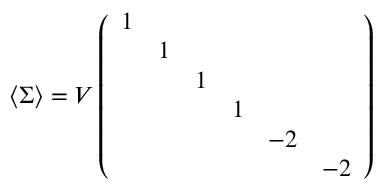
\langle \Sigma \rangle = V \left( \begin{array} { c c c c c c } { { 1 } } & { { } } & { { } } & { { } } & { { } } & { { } } \\ { { } } & { { 1 } } & { { } } & { { } } & { { } } & { { } } \\ { { } } & { { } } & { { 1 } } & { { } } & { { } } & { { } } \\ { { } } & { { } } & { { } } & { { 1 } } & { { } } & { { } } \\ { { } } & { { } } & { { } } & { { } } & { { - 2 } } & { { } } \\ { { } } & { { } } & { { } } & { { } } & { { } } & { { - 2 } } \end{array} \right)